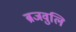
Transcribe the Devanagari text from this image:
ब्रजवुलि